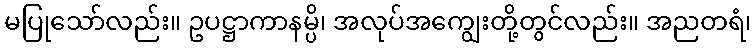
မပြုသော်လည်း။ ဥပဋ္ဌာကာနမ္ပိ၊ အလုပ်အကျွေးတို့တွင်လည်း။ အညတရံ၊